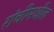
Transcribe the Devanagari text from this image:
रांचीमधील